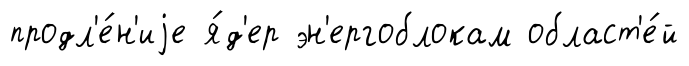
продл'е́н'иjе я́д'ер эн'ергоблокам област'е́й